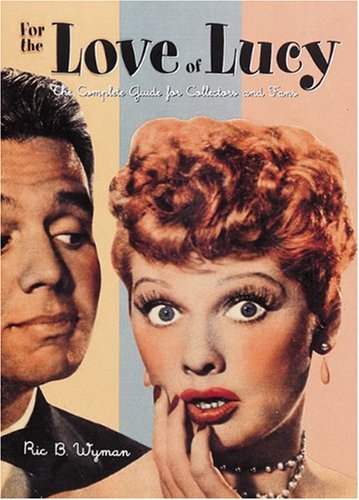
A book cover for For the Love of Lucy: The Complete Guide for Collectors and Fans; Ric B. Wyman; Crafts, Hobbies & Home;